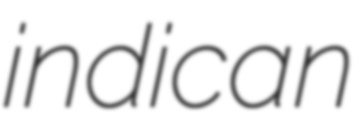
indican